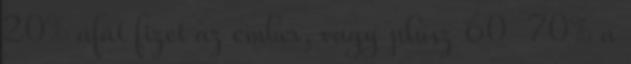
20% áfát fizet az ember, vagy plusz 60-70% a